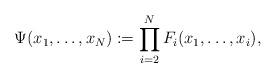
LaTeX: \begin{align*}\Psi(x_1, \ldots, x_N) := \prod_{i=2}^N F_i(x_1, \ldots, x_i),\end{align*}